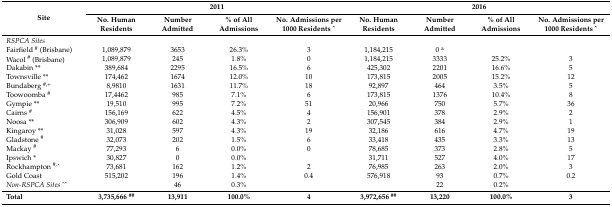
<table><thead><tr><td rowspan="2"><b>Site</b></td><td colspan="4"><b>2011</b></td><td colspan="4"><b>2016</b></td></tr><tr><td><b>No. Human Residents</b></td><td><b>Number Admitted</b></td><td><b>% of All Admissions</b></td><td><b>No. Admissions per 1000 Residents ^</b></td><td><b>No. Human Residents</b></td><td><b>Number Admitted</b></td><td><b>% of All Admissions</b></td><td><b>No. Admissions per 1000 Residents ^</b></td></tr></thead><tbody><tr><td><i>RSPCA Sites</i></td><td></td><td></td><td></td><td></td><td></td><td></td><td></td><td></td></tr><tr><td> Fairfield <sup>#</sup> (Brisbane)</td><td>1,089,879</td><td>3653</td><td>26.3%</td><td>3</td><td>1,184,215</td><td>0 <sup>a</sup></td><td></td><td></td></tr><tr><td> Wacol <sup>#</sup> (Brisbane)</td><td>1,089,879</td><td>245</td><td>1.8%</td><td>0</td><td>1,184,215</td><td>3333</td><td>25.2%</td><td>3</td></tr><tr><td> Dakabin **</td><td>389,684</td><td>2295</td><td>16.5%</td><td>6</td><td>425,302</td><td>2201</td><td>16.6%</td><td>5</td></tr><tr><td> Townsville **</td><td>174,462</td><td>1674</td><td>12.0%</td><td>10</td><td>173,815</td><td>2005</td><td>15.2%</td><td>12</td></tr><tr><td> Bundaberg <sup>#,+</sup></td><td>8,9810</td><td>1631</td><td>11.7%</td><td>18</td><td>92,897</td><td>464</td><td>3.5%</td><td>5</td></tr><tr><td> Toowoomba <sup>#</sup></td><td>17,4462</td><td>985</td><td>7.1%</td><td>6</td><td>173,815</td><td>1376</td><td>10.4%</td><td>8</td></tr><tr><td> Gympie **</td><td>19,510</td><td>995</td><td>7.2%</td><td>51</td><td>20,966</td><td>750</td><td>5.7%</td><td>36</td></tr><tr><td> Cairns <sup>#</sup></td><td>156,169</td><td>622</td><td>4.5%</td><td>4</td><td>156,901</td><td>378</td><td>2.9%</td><td>2</td></tr><tr><td> Noosa **</td><td>306,909</td><td>602</td><td>4.3%</td><td>2</td><td>307,545</td><td>384</td><td>2.9%</td><td>1</td></tr><tr><td> Kingaroy **</td><td>31,028</td><td>597</td><td>4.3%</td><td>19</td><td>32,186</td><td>616</td><td>4.7%</td><td>19</td></tr><tr><td> Gladstone <sup>#</sup></td><td>32,073</td><td>202</td><td>1.5%</td><td>6</td><td>33,418</td><td>435</td><td>3.3%</td><td>13</td></tr><tr><td> Mackay <sup>#</sup></td><td>77,293</td><td>6</td><td>0.0%</td><td>0</td><td>78,685</td><td>373</td><td>2.8%</td><td>5</td></tr><tr><td> Ipswich *</td><td>30,827</td><td>0</td><td>0.0%</td><td></td><td>31,711</td><td>527</td><td>4.0%</td><td>17</td></tr><tr><td> Rockhampton <sup>#,</sup>^</td><td>73,681</td><td>162</td><td>1.2%</td><td>2</td><td>76,985</td><td>263</td><td>2.0%</td><td>3</td></tr><tr><td> Gold Coast</td><td>515,202</td><td>196</td><td>1.4%</td><td>0.4</td><td>576,918</td><td>93</td><td>0.7%</td><td>0.2</td></tr><tr><td><i>Non-RSPCA Sites</i> ^^</td><td></td><td>46</td><td>0.3%</td><td></td><td></td><td>22</td><td>0.2%</td><td></td></tr><tr><td><b>Total</b></td><td><b>3,735,666 <sup>##</sup></b></td><td><b>13,911</b></td><td><b>100.0%</b></td><td><b>4</b></td><td><b>3,972,656 <sup>##</sup></b></td><td><b>13,220</b></td><td><b>100.0%</b></td><td><b>3</b></td></tr></tbody></table>